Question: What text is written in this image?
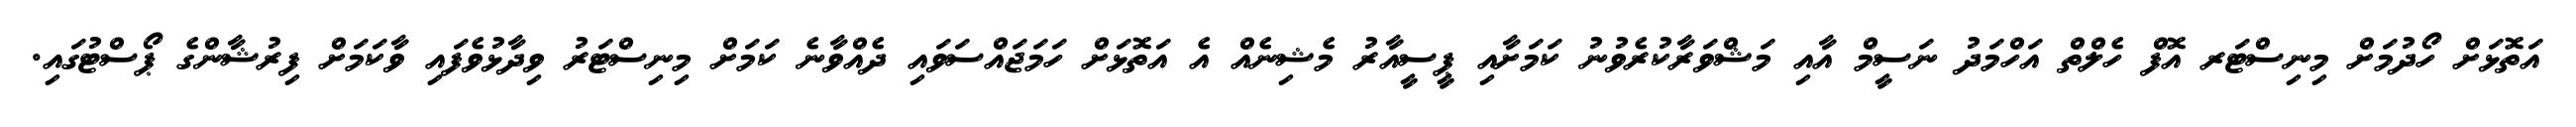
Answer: އަތޮޅަށް ހޯދުމަށް މިނިސްޓަރ އޮފް ހެލްތް އަހްމަދު ނަސީމް އާއި މަޝްވަރާކުރެވުނު ކަމަށާއި ޕީސީއާރު މެޝިނެއް އެ އަތޮޅަށް ހަމަޖައްސަވައި ދެއްވާނެ ކަމަށް މިނިސްޓަރު ވިދާޅުވެފައި ވާކަމަށް ފިރުޝާންގެ ޕޯސްޓުގައި.